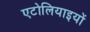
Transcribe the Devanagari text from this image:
एटोलियाइयों